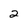
Character: 2